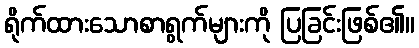
ရိုက်ထားသောစာရွက်များကို ပြခြင်းဖြစ်၏။